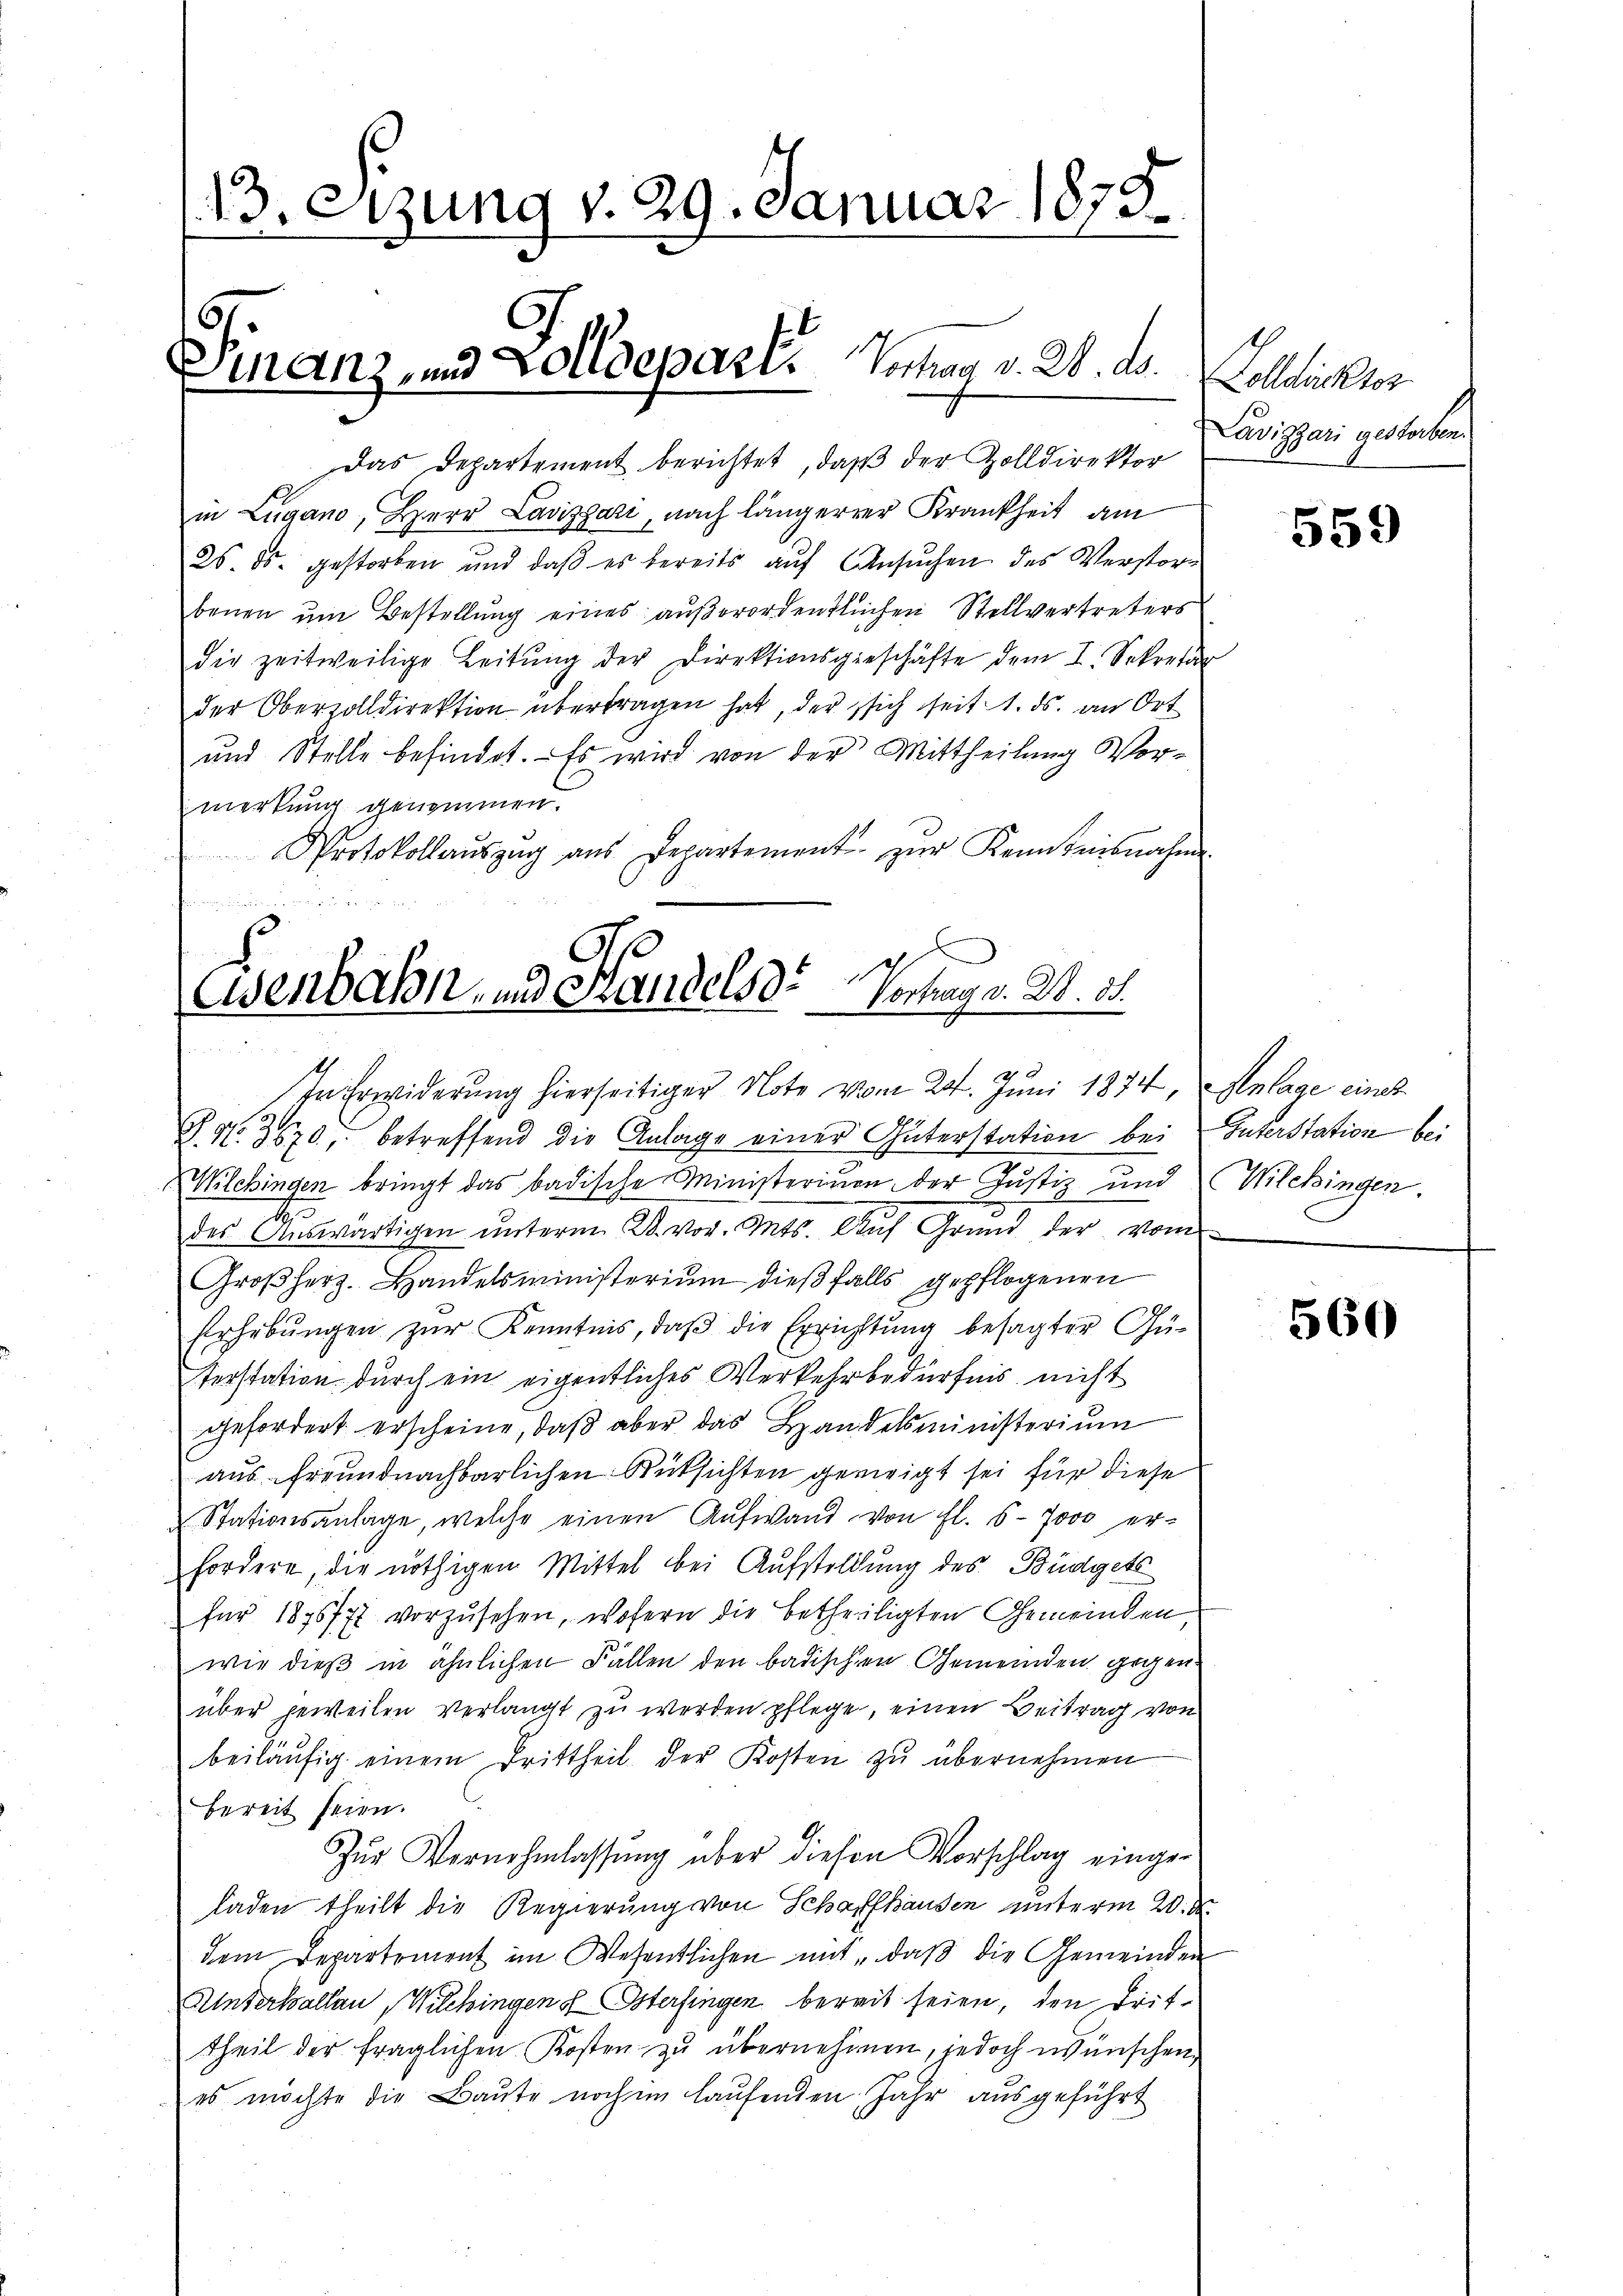
13. Sizung v. 29. Januar 1879.

Das Departement berichtet, daβ der Zolldirektor
in Lugano, Herr Lavizzazi, nach längerrer Krankheit am
26. ds. gestorben und daβ es bereits aŭf Ansŭchen des Verstorbenen um Bestellung eines außerordentlichen Stellvertreters
die zeitweilige Leitŭng der Direktionsgeschäfte dem I. Sekretär
der Oberzolldirektion übertragen hat, der sich seit 1. ds. an Ort
und Stelle befindet. - Es wird von der Mittheilung Vormerkung genommen.
Protokollaŭszŭg aŭs Departement zŭr Kenntnisnahme

Einanz, und Zolldepart. Vortrag v. 2. ds.

d
Esenbahn und Handels d
Vortrag v. 2. 31.
In Erwiderung hierseitiger Note vom 24. Juni 1874, Anlage eines

. No. 3670, betreffend die Anlage einer Güterstation bei Interstation bei
Wilchingen bringt das badische Ministerium der Justiz und Wilchingen.
t
des Aŭswärtigen ŭnterm 28. vor. Mts. Aŭf Grund der vom
Großherz. Handelsministerium dießfalls gepflogenen
Erhebungen zur Kenntnis, daß die Errichtung besagter Güterstation durch ein eigentliches Verkehrbedürfnis nicht
gefordert erscheine, daβ aber das Handelsministerium
aus freundnachbarlichen Rücksichten geneigt sei für diese
Stationsanlage, welche einen Aufwand von fl. 6-7000 er-
fordere, die nöthigen Mittel bei Aufstellung des Büdgets
für 1876/77 vorzusehen, wofern die betheiligten Gemeinden,
wie dieß in ähnlichen Fällen den badischen Gemeinden gegen
über jeweilen verlangt zu werden pflege, einen Beitrag von
beiläŭfig einem Trittheil der Kosten zu übernehmen
bereit seien.
Zŭr Vernehmlassung über diesen Vorschlag eingeladen theilt die Regierung von Schaffhausen unterm 20. d.
dem Departement im Wesentlichen mit „daß die Gemeinden
Anderballau, Wilchingen Osterfingen bereit seien, den Drittheil der fraglichen Kosten zu übernehmen, jedoch wünschen
es möchte die Baute nochen laufenden Jahr ausgeführt

Zolldicktor
Lavizzari gestorben.

559

560